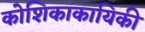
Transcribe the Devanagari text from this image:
कोशिकाकायिकी